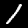
Digit: 1